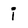
Character: i